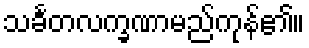
သင်္ခတလက္ခဏာမည်ကုန်၏။